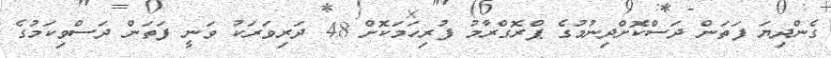
ގެންދިޔަ ފަތަން ދަސްކޮށްދިނުމުގެ ޕްރޮގްރާމު ފުރިހަމަކޮށް 48 ދަރިވަރަކު ވަނީ ފަތަން ދަސްވިކަމުގެ